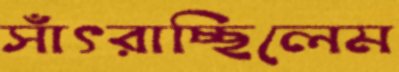
সাঁৎরাচ্ছিলেম